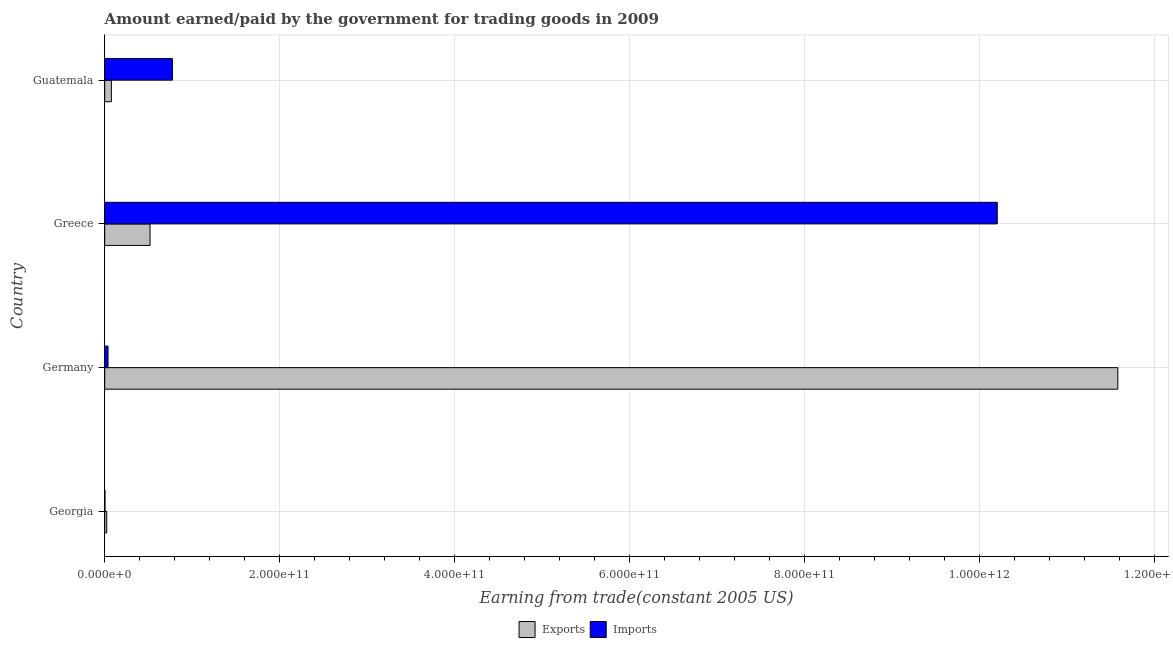
| Country | Exports | Imports |
 | --- | --- | --- |
 | Georgia | 2.31e+09 | 3.07e+08 |
 | Germany | 1.16e+12 | 3.8e+09 |
 | Greece | 5.18e+10 | 1.02e+12 |
 | Guatemala | 7.6e+09 | 7.74e+10 |